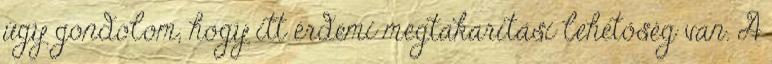
úgy gondolom, hogy itt érdemi megtakarítási lehetőség van. A